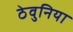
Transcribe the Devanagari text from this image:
ठेवुनिया